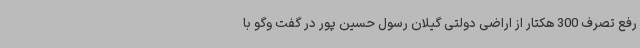
رفع تصرف 300 هکتار از اراضی دولتی گیلان رسول حسین پور در گفت وگو با